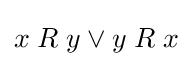
x\mathrel {R} y\lor y\mathrel {R} x